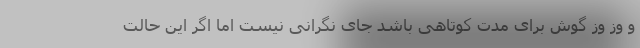
و وز وز گوش برای مدت کوتاهی باشد جای نگرانی نیست اما اگر این حالت